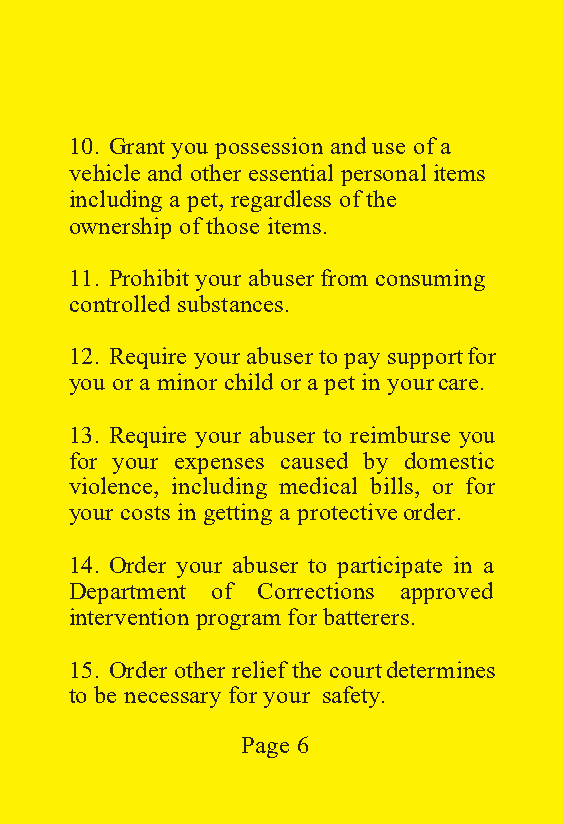
10. Grant you possession and use of a
 vehicle and other essential personal items
 including a pet, regardless of the
 ownership of those items.
 11. Prohibit your abuser from consuming
 controlled substances.
 12. Require your abuser to pay support for
 you or a minor child or a pet in your care.
 13. Require your abuser to reimburse you
 for your expenses caused by domestic
 violence, including medical bills, or for
 your costs in getting a protective order.
 14. Order your abuser to participate in a
 Department of Corrections approved
 intervention program for batterers.
 15. Order other relief the court determines
 to be necessary for your safety.
 Page 6